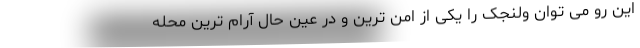
این رو می توان ولنجک را یکی از امن ترین و در عین حال آرام ترین محله